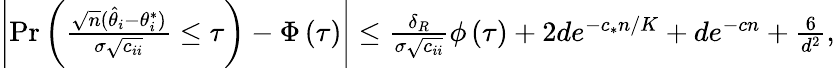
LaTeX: \begin{array}{r}{\left|\operatorname*{Pr}\left(\frac{\sqrt{n}(\hat{\theta}_{i}-\theta_{i}^{*})}{\sigma\sqrt{c_{ii}}}\leq\tau\right)-\Phi\left(\tau\right)\right|\leq\frac{\delta_{R}}{\sigma\sqrt{c_{ii}}}\phi\left(\tau\right)+2de^{-c_{*}n/K}+de^{-cn}+\frac{6}{d^{2}},}\end{array}